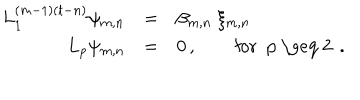
\begin{array} { r c l } { { L _ { 1 } ^ { ( m - 1 ) ( t - n ) } \psi _ { m , n } } } & { { = } } & { { \beta _ { m , n } \; \xi _ { m , n } \, } } \\ { { L _ { p } \psi _ { m , n } } } & { { = } } & { { 0 \, , \qquad \mathrm { f o r ~ p ~ \geq ~ 2 ~ } \, . } } \\ \end{array}